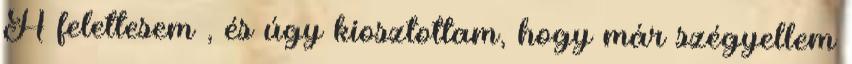
A felettesem , és úgy kiosztottam, hogy már szégyellem